画像に写った文字を読んでください
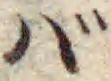
「バ」と書いてあります